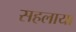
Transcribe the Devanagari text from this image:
सहलाया